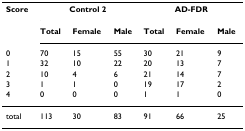
<table><thead><tr><td><b>Score</b></td><td colspan="3"><b>Control 2</b></td><td colspan="3"><b>AD-FDR</b></td></tr><tr><td></td><td><b>Total</b></td><td><b>Female</b></td><td><b>Male</b></td><td><b>Total</b></td><td><b>Female</b></td><td><b>Male</b></td></tr><tr><td><b>0</b></td><td><b>70</b></td><td><b>15</b></td><td><b>55</b></td><td><b>30</b></td><td><b>21</b></td><td><b>9</b></td></tr><tr><td><b>1</b></td><td><b>32</b></td><td><b>10</b></td><td><b>22</b></td><td><b>20</b></td><td><b>13</b></td><td><b>7</b></td></tr><tr><td><b>2</b></td><td><b>10</b></td><td><b>4</b></td><td><b>6</b></td><td><b>21</b></td><td><b>14</b></td><td><b>7</b></td></tr><tr><td><b>3</b></td><td><b>1</b></td><td><b>1</b></td><td><b>0</b></td><td><b>19</b></td><td><b>17</b></td><td><b>2</b></td></tr><tr><td><b>4</b></td><td><b>0</b></td><td><b>0</b></td><td><b>0</b></td><td><b>1</b></td><td><b>1</b></td><td><b>0</b></td></tr></thead><tbody><tr><td>total</td><td>113</td><td>30</td><td>83</td><td>91</td><td>66</td><td>25</td></tr></tbody></table>